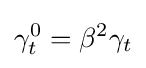
\gamma _{t}^{0}=\beta ^{2}\gamma _{t}